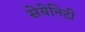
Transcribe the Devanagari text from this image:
सेयेनिटी